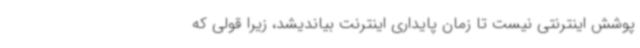
پوشش اینترنتی نیست تا زمان پایداری اینترنت بیاندیشد، زیرا قولی که